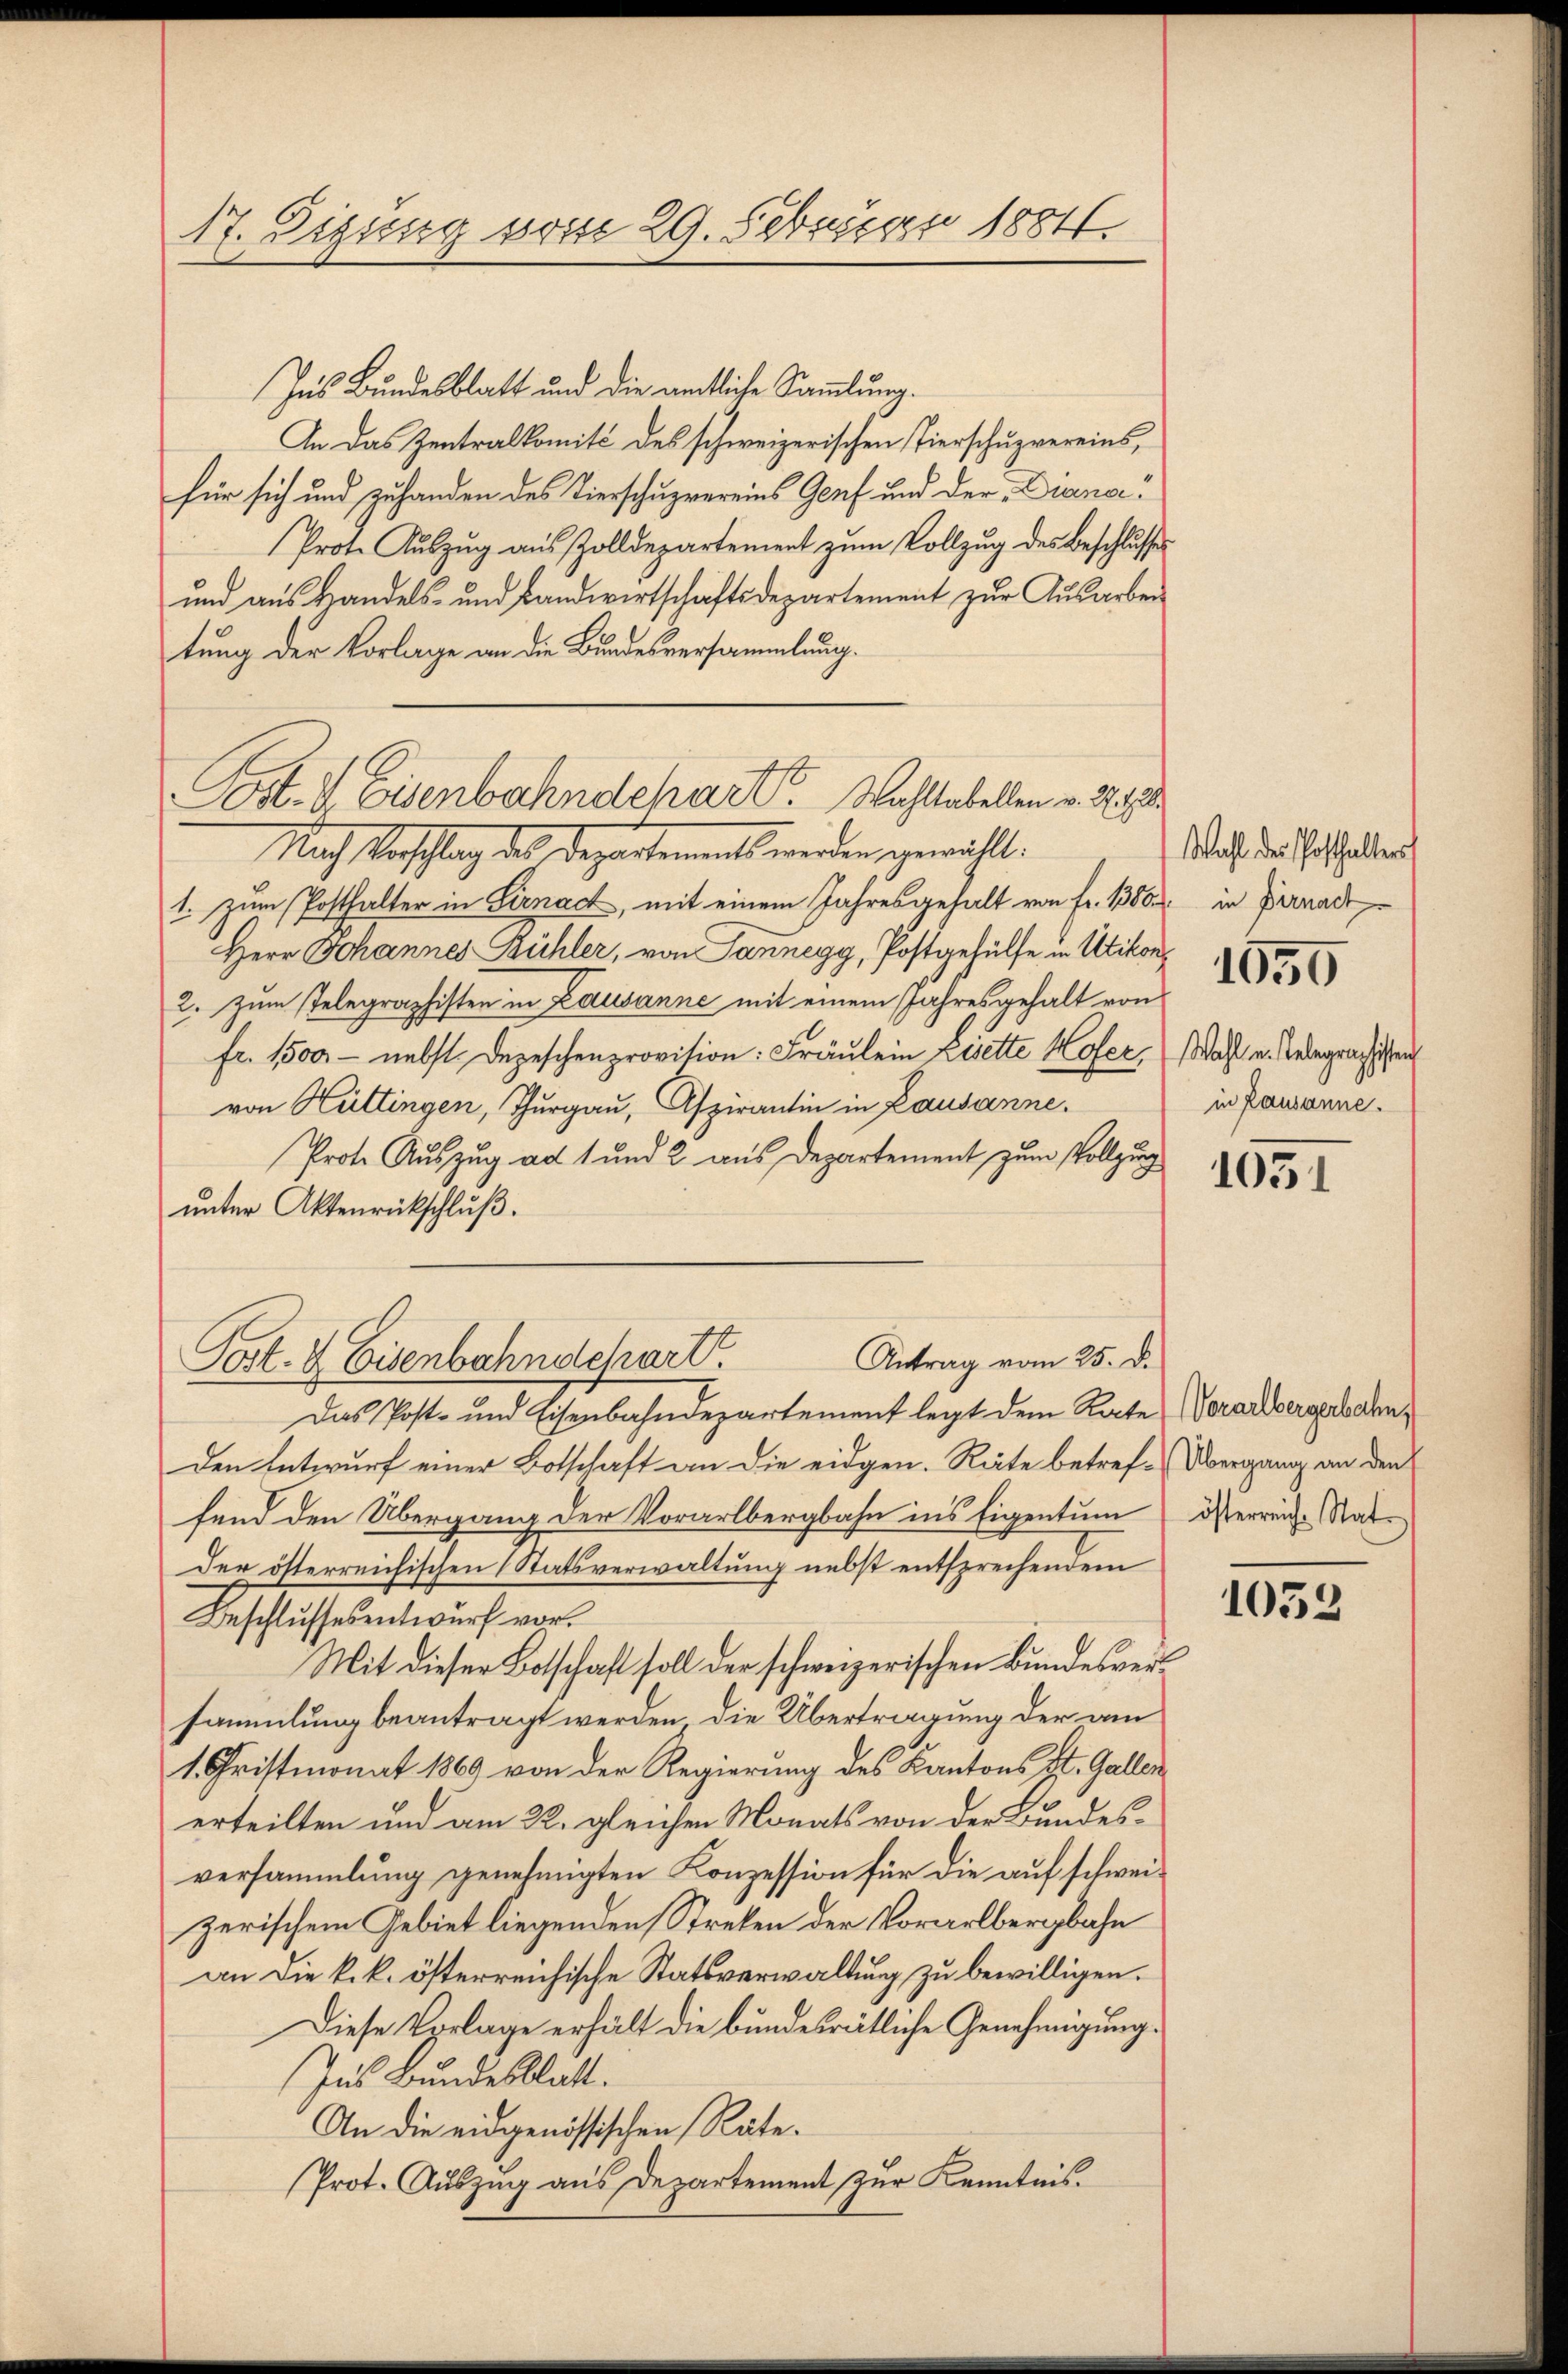
17. Digung vom 29. Februar 1884.

Ins Bundesblatt und die amtliche Sammlung.
An das Zentralkomité des schweizerischen Tierschuzvereins,
für sich und zuhanden des Tierschuzvereins Genf und der Diana
Prote Auszug aus Zolldepartement zum Vollzug des Beschlusses
und aus Handels- und Landwirtschaftsdepartement zur Ausarbei
tung der Vorlage an die Bundesversammlung.
Nach Vorschlag des Departement werden gewählt.
1. zum Posthalter in Sirnach, mit einem Jahresgehalt von Fr. 1300 in Pernade
Herr Johannes Bühler, von Jannegg, Postgehülfe in Utikon¬
2. zum Telegraphisten in Lausanne mit einem Jahresgehalt von
fr. 1500 - nebst Depeschenprovision: Fräulein Lisette Hofer, Was u. Relegraphischen
von Hüttingen, Thurgau, Aspirantin in Lausanne.
Prote Auszug ad 1 und 2 aus Departement zum Vollzung
unter Aktenrückschluß.
Antrag vom 25. d.
Post- & Eisenbahndepart.
Das Post- und Eisenbahndepartement legt dem Rate Vorarlbergerbahn,
Den Entwurf einer Botschaft an die eidgen. Räte betref-Übergang an den
fend den Übergang der Vorarlbergbahn ins Eigentum
der österreichischen (Statsverwaltung nebst entsprechendem
Beschlussesentwurf vor.
Mit dieser Botschaft soll der schweizerischen Bundesversammlung beantragt werden, die Übertragung der am
1. Christmonat 1869 von der Regierung des Kantons St. Gallen
erteilten und am 22. gleichen Monats von der Bundesversammlung genehmigten Konzession für die auf schweizerischem Gebiet liegenden Streten der Vorarlbergbahn
an die k.k. österreichische Statsverwaltung zu bewilligen.
Diese Vorlage erhält die bundesrätliche Genehmigung.
Ins Bundesblatt.
An die eidgenössischen Räte¬
Prot. Auszug aus Departement zur Kenntnis.

Post. I Eisenbahndepart. Wahltabellen v. 2.

Wahl des Posthalters
in Lausanne.

1050

1051

österreich. Stat

1052